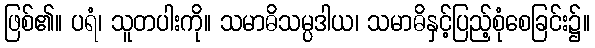
ဖြစ်၏။ ပရံ၊ သူတပါးကို။ သမာဓိသမ္ပဒါယ၊ သမာဓိနှင့်ပြည့်စုံစေခြင်း၌။